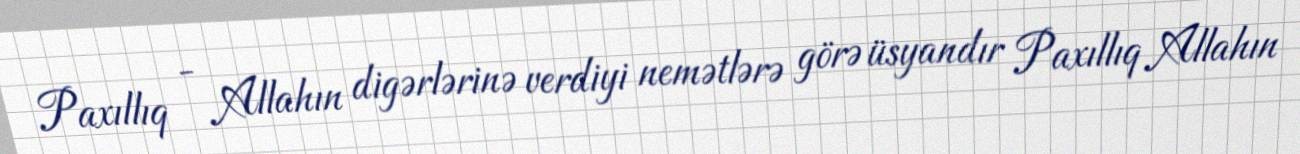
Paxıllıq - Allahın digərlərinə verdiyi nemətlərə görə üsyandır Paxıllıq Allahın